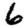
Digit: 6